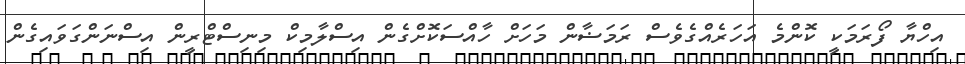
އިހްޔާ ފޯރަމަކީ ކޮންމެ އަހަރެއްގެވެސް ރަމަޟާން މަހަށް ހާއްސަކޮށްގެން އިސްލާމިކް މިނިސްޓްރީން އިސްނަންގަވައިގެން